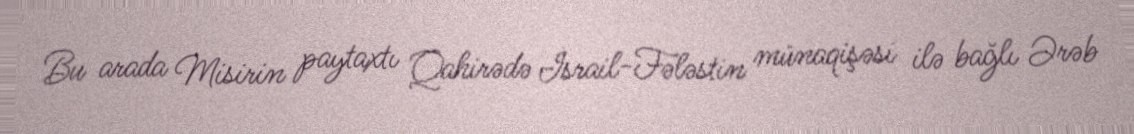
Bu arada Misirin paytaxtı Qahirədə İsrail-Fələstin münaqişəsi ilə bağlı Ərəb